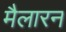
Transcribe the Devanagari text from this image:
मैलारन